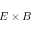
E \times B